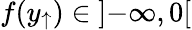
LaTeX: f(y_{\uparrow})\in\left]-\infty,0\right[